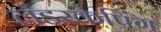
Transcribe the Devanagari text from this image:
लँडस्केपिंग